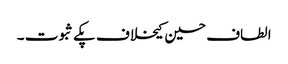
الطاف حسین کیخلاف پکے ثبوت ۔